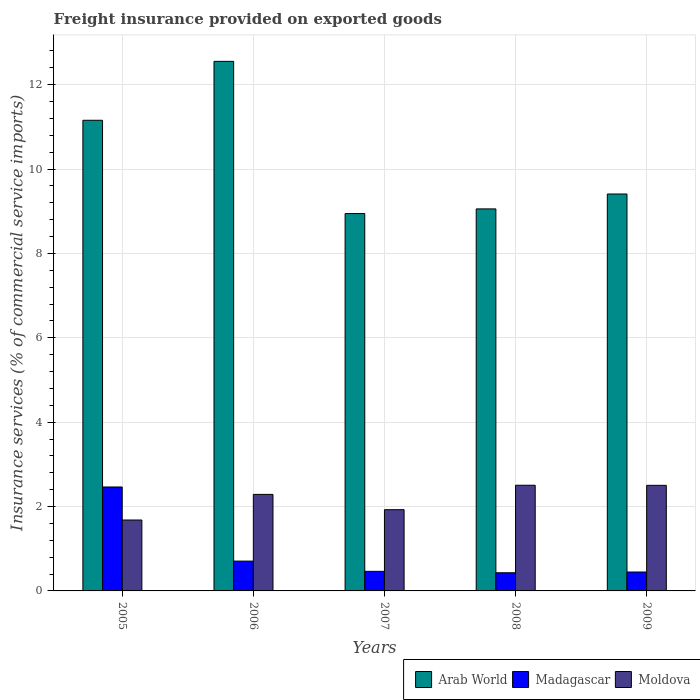
| Years | Arab World | Madagascar | Moldova |
 | --- | --- | --- | --- |
 | 2005 | 11.2 | 2.46 | 1.68 |
 | 2006 | 12.6 | 0.707 | 2.29 |
 | 2007 | 8.95 | 0.464 | 1.93 |
 | 2008 | 9.06 | 0.431 | 2.51 |
 | 2009 | 9.41 | 0.449 | 2.5 |